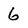
Character: 6